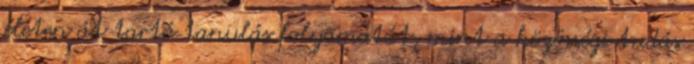
életen át tartó tanulás folyamatát, mint a közösségi tudás